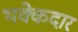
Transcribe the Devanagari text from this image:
थक्केदार